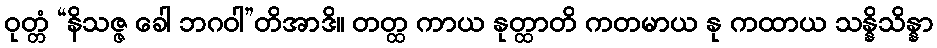
ဝုတ္တံ “နိသဇ္ဇ ခေါ ဘဂဝါ”တိအာဒိ။ တတ္ထ ကာယ နုတ္ထာတိ ကတမာယ နု ကထာယ သန္နိသိန္နာ